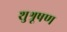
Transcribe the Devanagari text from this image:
शुश्रूषण